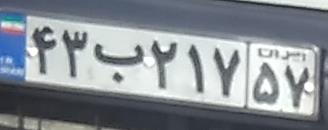
۴۳ب۲۱۷۵۷